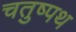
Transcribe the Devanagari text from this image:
चतुष्पथ